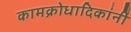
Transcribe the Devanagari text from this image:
कामक्रोधादिकांनीं